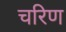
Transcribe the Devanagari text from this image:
चरिण